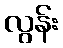
လွန်း